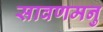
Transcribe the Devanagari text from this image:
सावणमनु